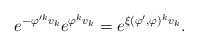
\begin{align*}e^{-\varphi'^kv_k}e^{\varphi^kv_k}=e^{\xi(\varphi',\varphi)^kv_k}.\end{align*}